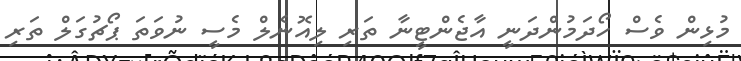
މުޅިން ވެސް ހޯދަމުންދަނީ އާޖެންޓީނާ ތަރި ލިއޮނެލް މެސީ ނުވަތަ ޕޯޗުގަލް ތަރި